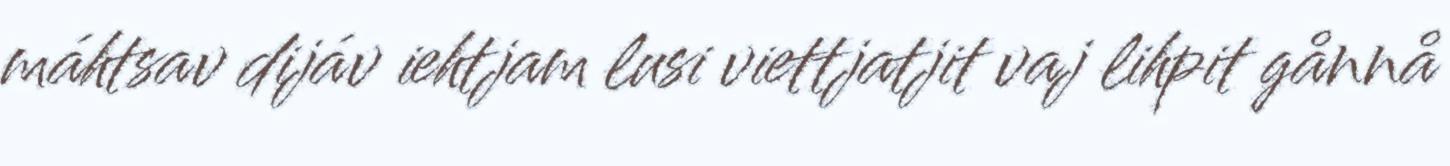
máhtsav dijáv iehtjam lusi viettjatjit vaj lihpit gånnå